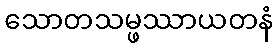
သောတသမ္ဖဿာယတနံ